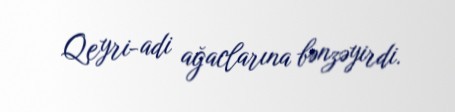
Qeyri-adi ağaclarına bənzəyirdi.